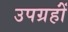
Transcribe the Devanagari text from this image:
उपग्रहोंं